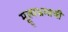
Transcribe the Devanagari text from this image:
मूल्यभ्रमाची